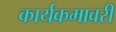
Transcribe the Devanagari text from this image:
कार्यकमावरी